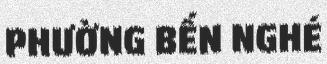
PHƯỜNG BẾN NGHÉ